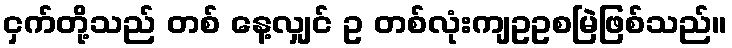
ငှက်တို့သည် တစ် နေ့လျှင် ဥ တစ်လုံးကျဥဥစမြဲဖြစ်သည်။